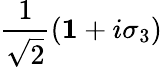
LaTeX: \frac{1}{\sqrt{2}}\left({\mathbf 1}+i\sigma_{3}\right)